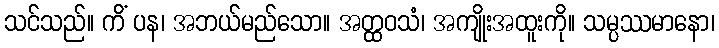
သင်သည်။ ကိံ ပန၊ အဘယ်မည်သော။ အတ္ထဝသံ၊ အကျိုးအထူးကို။ သမ္ပဿမာနော၊